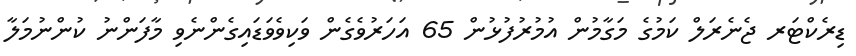
ޑިރެކްޓަރ ޖެނެރަލް ކަމުގެ މަގާމުން އުމުރުފުޅުން 65 އަހަރުވެގެން ވަކިވެވަޑައިގެންނެވި މާފަންނު ކުންނުމަލާ